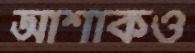
আশাকও